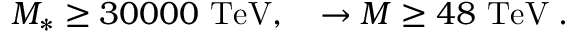
M _ { * } \geq 3 0 0 0 0 \mathrm { \ T e V } , \quad \rightarrow M \geq 4 8 \mathrm { \ T e V } \; .